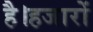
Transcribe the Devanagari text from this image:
है।हजारों